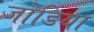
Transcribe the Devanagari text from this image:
जोडिया